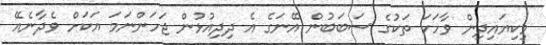
މިކިޔައިދިން ވާހަކަ ތަކުގެ ސަބަބުން އޭނަގެ އެ ދިދިއުޅުން ޖަހަންނަމަ އަކަށް ވެދާނެއޭ